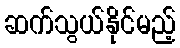
ဆက်သွယ်နိုင်မည့်